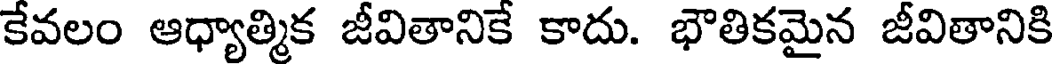
కేవలం ఆధ్యాత్మిక జీవితానికే కాదు. భౌతికమైన జీవితానికి